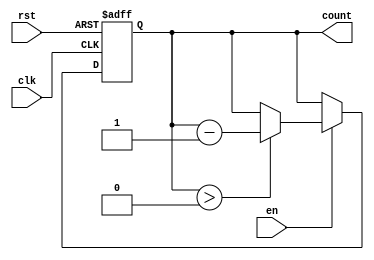
module down_counter #(
    parameter n = 8 // Define the bit width of the counter
)(
    input wire clk,       // Clock signal
    input wire rst,       // Asynchronous reset signal
    input wire en,        // Enable signal
    output reg [n-1:0] count // n-bit output count
);

// Initial value for the counter
localparam INITIAL_VALUE = 8'hFF; // Example initial value (255 for an 8-bit counter)

always @(posedge clk or posedge rst) begin
    if (rst) begin
        count <= INITIAL_VALUE; // Reset the counter to the initial value
    end else if (en) begin
        if (count > 0) begin
            count <= count - 1; // Decrement the counter if enabled and not zero
        end
    end
end

endmodule